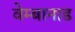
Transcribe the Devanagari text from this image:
वेम्बानाड